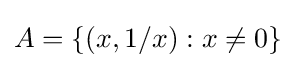
A=\{(x,1/x):x\neq 0\}